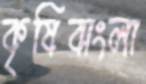
কৃষিবাংলা